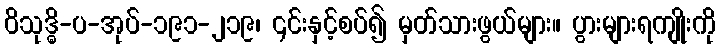
ဝိသုဒ္ဓိ-ပ-အုပ်-၁၉၁-၂၁၉၊ ၎င်းနှင့်စပ်၍ မှတ်သားဖွယ်များ။ ပွားများရကျိုးကို